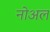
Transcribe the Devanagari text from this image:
नोअल